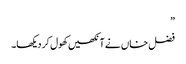
”
فضل خاں نے آنکھیں کھول کر دیکھا۔